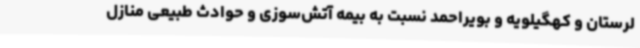
لرستان و کهگیلویه و بویراحمد نسبت به بیمه آتش‌سوزی و حوادث طبیعی منازل